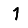
Digit: 1